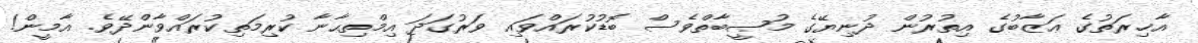
އާޚިރަތުގެ ޢަޒާބުގެ އިތުރުން ދުނިޔޭގެ މުޞީބާތްވެސް ބޮޑުކުރައްވައި ވަރުގަދަ އިމްތިޙާނާ ކުރިމަތިކުރައްވާންދޭވެ. އާމީން!